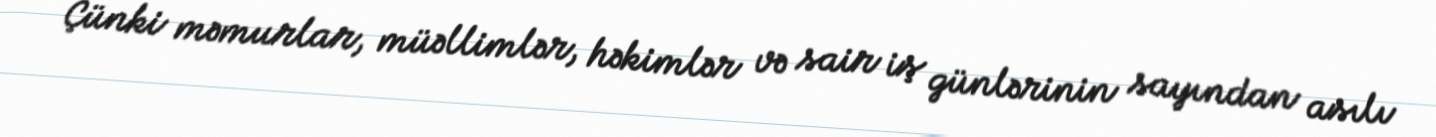
Çünki məmurlar, müəllimlər, həkimlər və sair iş günlərinin sayından asılı